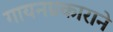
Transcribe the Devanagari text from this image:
गायनप्रकाराने